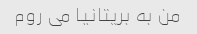
من به بریتانیا می روم